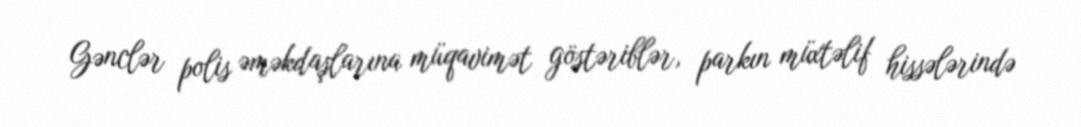
Gənclər polis əməkdaşlarına müqavimət göstəriblər, parkın müxtəlif hissələrində